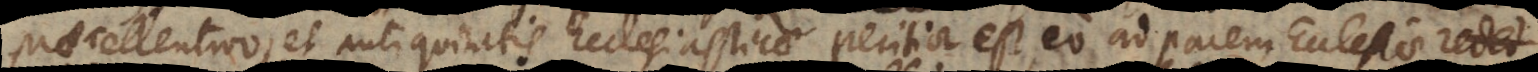
praecellentior, et antiquitatis Ecclesiasticae peritior est, eo ad pacem Ecclesiae